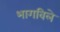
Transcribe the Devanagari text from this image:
भागविले